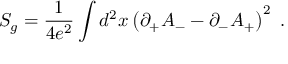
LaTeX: { \cal S } _ { g } = { \frac { 1 } { 4 e ^ { 2 } } } \int d ^ { 2 } x \left( \partial _ { + } A _ { - } - \partial _ { - } A _ { + } \right) ^ { 2 } \, \, .